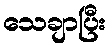
သေချာပြီး